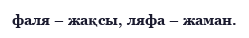
фаля – жақсы, ляфа – жаман.